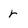
Character: r